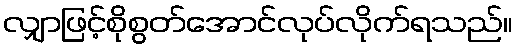
လျှာဖြင့်စိုစွတ်အောင်လုပ်လိုက်ရသည်။